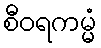
စီဝရကမ္မံ